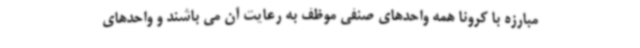
مبارزه با کرونا همه واحدهای صنفی موظف به رعایت آن می باشند و واحدهای